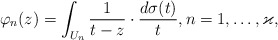
\begin{align*} \varphi_n(z) = \int_{U_n}\frac{1}{t-z}\cdot\frac{d\sigma(t)}{t},n=1,\dots,\varkappa, \end{align*}